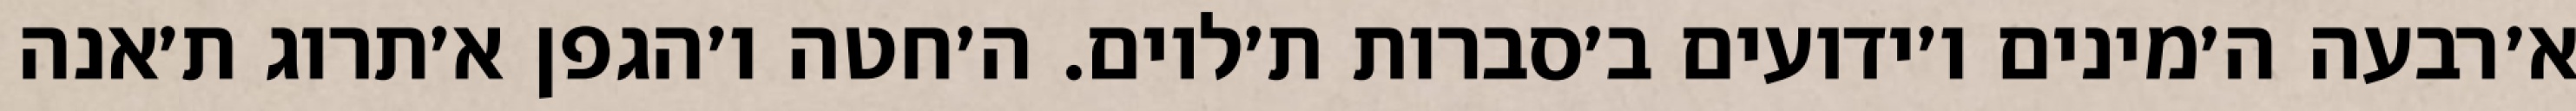
א׳רבעה ה׳מינים ו׳ידועים ב׳סברות ת׳לוים. ה׳חטה ו׳הגפן א׳תרוג ת׳אנה